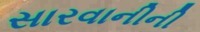
સારવાનીની